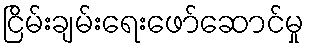
ငြိမ်းချမ်းရေးဖော်ဆောင်မှု